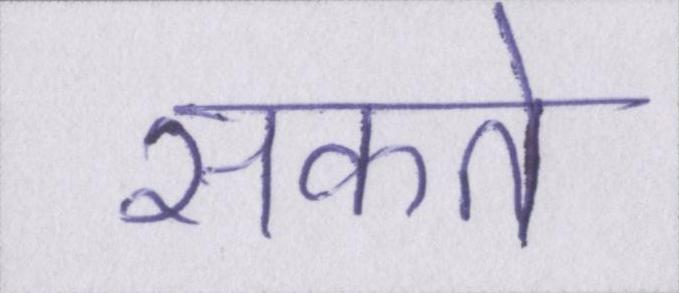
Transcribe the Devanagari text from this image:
सकते